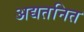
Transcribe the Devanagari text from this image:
अद्यतनित